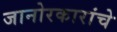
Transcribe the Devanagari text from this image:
जानोरकारांचे